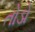
તોડો